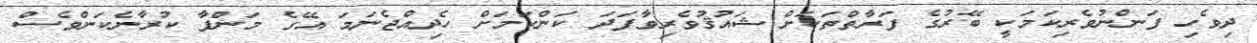
ދިވެހި ފަންނުވެރިކަމަކީ ބޭރުގެ ފަރާތްތަކަށް ޝައުޤުވެރިވާފަދަ ކަންކަމަށް ހެދިއްޖެނަމަ އޭގެ މަންފާ ކުރާނެކަންވެސް